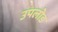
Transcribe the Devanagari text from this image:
उपलोड